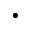
\cdot